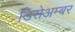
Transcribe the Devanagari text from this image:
डिसेअम्बर